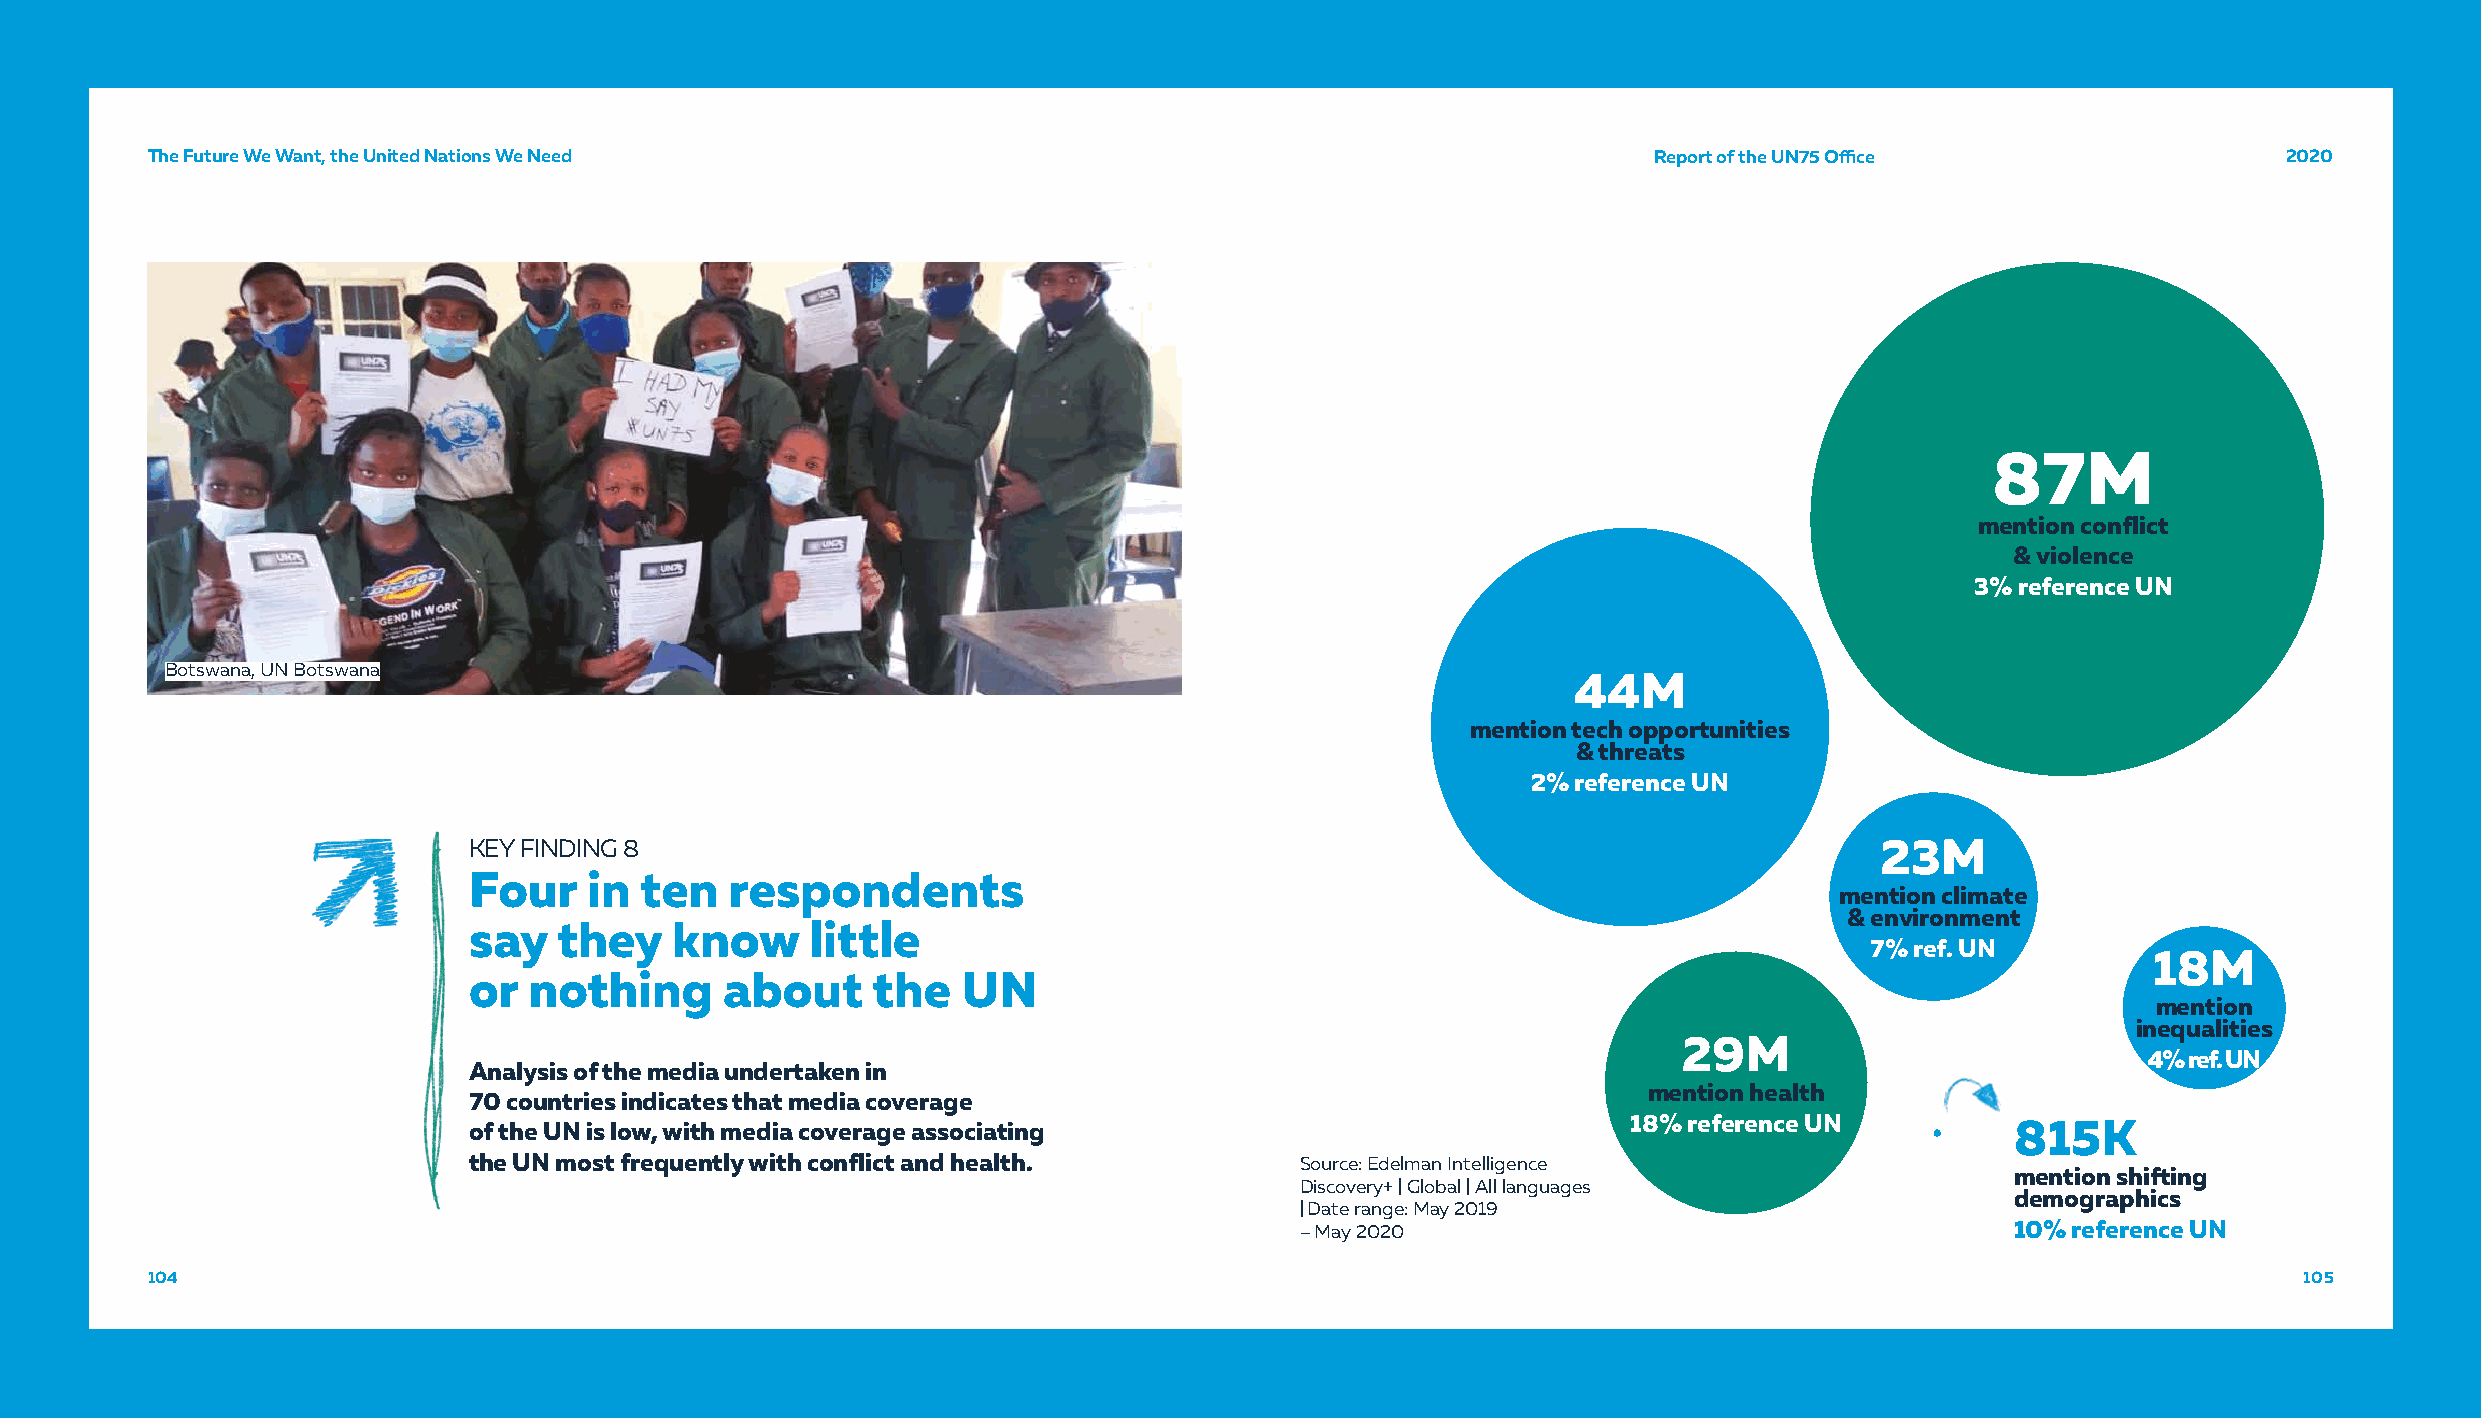
TThhee FFuuttuurree WWee WWaanntt,, tthhee UUnniitteedd NNaattiioonnss WWee NNeeeedd               RRReeepppooorrrttt ooofff ttthhheee UUUNNN777555 OOOffiffifficcceee 222000222000
 87M
 mention conflict
 & violence
 3% reference UN
 Botswana, UN Botswana
 44M
 mention tech opportunities
 & threats
 2% reference UN
 KEY FINDING 8                                                                                23M
 Four    in ten   respondents
 mention climate
 & environment
 say   they   know      little
 7% ref. UN
 18M
 or  nothing      about     the   UN
 mention
 inequalities
 29M
 4% ref. UN
 Analysis of the media undertaken in
 mention health
 70 countries indicates that media coverage
 of the UN is low, with media coverage associating                            18% reference UN         815K
 the UN most frequently with conflict and health.       Source: Edelman Intelligence
 mention shifting
 Discovery+ | Global | All languages
 demographics
 | Date range: May 2019
 –May 2020                                      10% reference UN
 110044                                                                                                                                        111000555